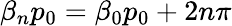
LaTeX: \beta_{n}p_{0}=\beta_{0}p_{0}+2n\pi